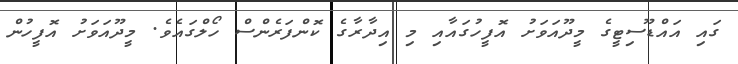
ގައި އައްޑޫސިޓީގެ މީދޫއަވަށު އޮފީހުގައާއި މި އިދާރާގެ ކޮންފަރެންސް ހޯލްގައެވެ. މީދޫއަވަށު އޮފީހުން